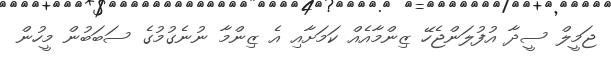
ޖަމީލް ސީދާ އުފުލަންޖެހޭ ޒިންމާއެއް ކަމަށާއި އެ ޒިންމާ ނުނެގުމުގެ ސަބަބުން މީހުން